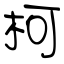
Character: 柯